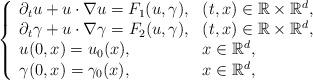
LaTeX: \begin{align*}\left\{\begin{array}{ll}\partial_t u+u\cdot \nabla u= F_1(u,\gamma), &(t, x)\in \mathbb{R}\times \mathbb{R}^d,\\\partial_t\gamma+u\cdot \nabla \gamma= F_2(u,\gamma), &(t, x)\in \mathbb{R}\times \mathbb{R}^d,\\u(0,x)= u_{0}(x), &x\in \mathbb{R}^d,\\\gamma(0,x)= \gamma_{0}(x), &x\in \mathbb{R}^d,\end{array}\right.\end{align*}